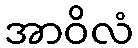
အာဝိလံ